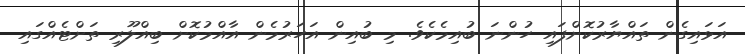
އަޅައިގެން ތައްޔާރުކޮށްފައި ހުންނަ ބުއިމެކެވެ. މި ބުއިން އަހަރުމެން އާއްމުކޮށް ބިއްލޫރި ތަށްޓެއްގައި